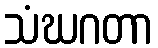
သံဃဂတာ